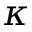
\kappa